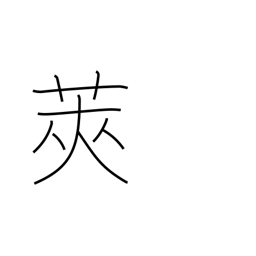
Meaning: shell